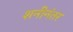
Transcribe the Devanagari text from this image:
शनीनंतर